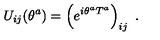
U _ { i j } ( \theta ^ { a } ) = \left( e ^ { i \theta ^ { a } T ^ { a } } \right) _ { i j } \ .